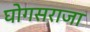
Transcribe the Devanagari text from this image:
घोगसराजा